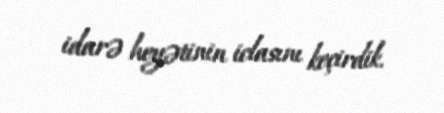
idarə heyətinin iclasını keçirdik.